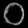
Digit: ၀